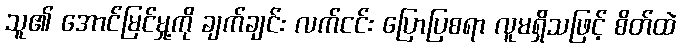
သူ၏ အောင်မြင်မှု့ကို ချက်ချင်း လက်ငင်း ပြောပြစရာ လူမရှိသဖြင့် စိတ်ထဲ